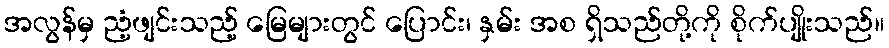
အလွန်မှ ညံ့ဖျင်းသည့် မြေများတွင် ပြောင်း၊ နှမ်း အစ ရှိသည်တို့ကို စိုက်ပျိုးသည်။